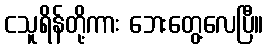
ငသူရိန်တို့ကား ဘေးတွေ့လေပြီ။